Scottish Leaving Certificate Examination, 1959
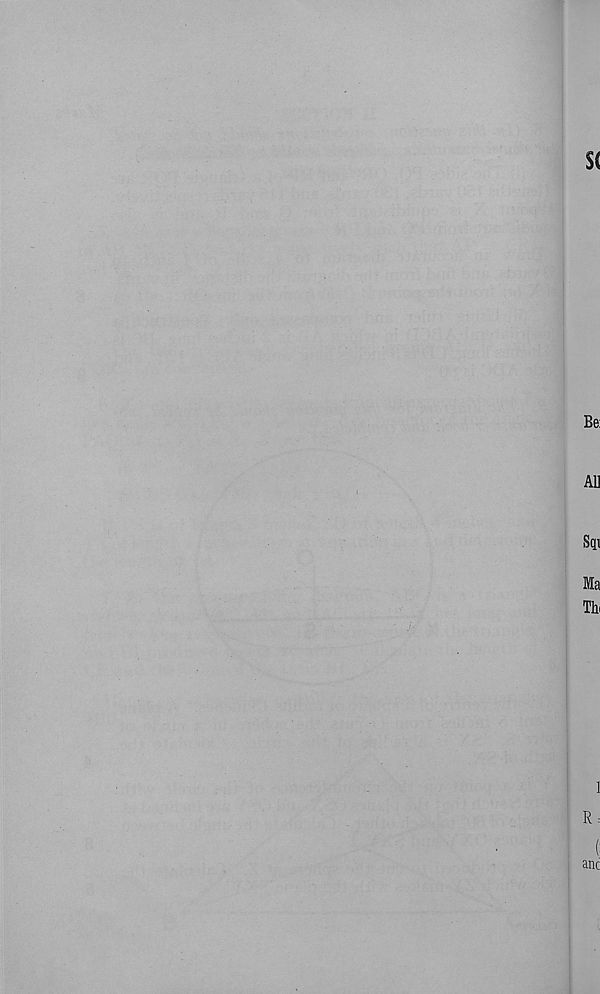
S(
Be:
All
Sqi
Ma
Thi
1
R:
(:
anc